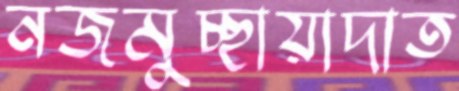
নজমুচ্ছায়াদাত